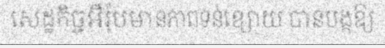
សេដ្ឋកិច្ចអឺរ៉ុបមានភាពទន់ខ្សោយ បានបង្កឱ្យ